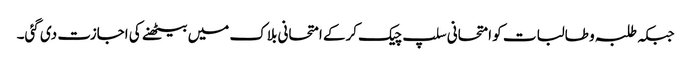
جبکہ طلبہ و طالبات کو امتحانی سلپ چیک کرکے امتحانی بلاک میں بیٹھنے کی اجازت دی گئی۔